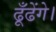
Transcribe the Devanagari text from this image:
ढूँढेंगे।